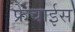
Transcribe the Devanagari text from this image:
फ्रेंचाईस